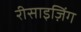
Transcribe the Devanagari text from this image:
रीसाइज़िंग